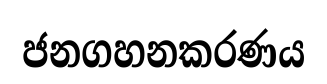
ජනගහනකරණය